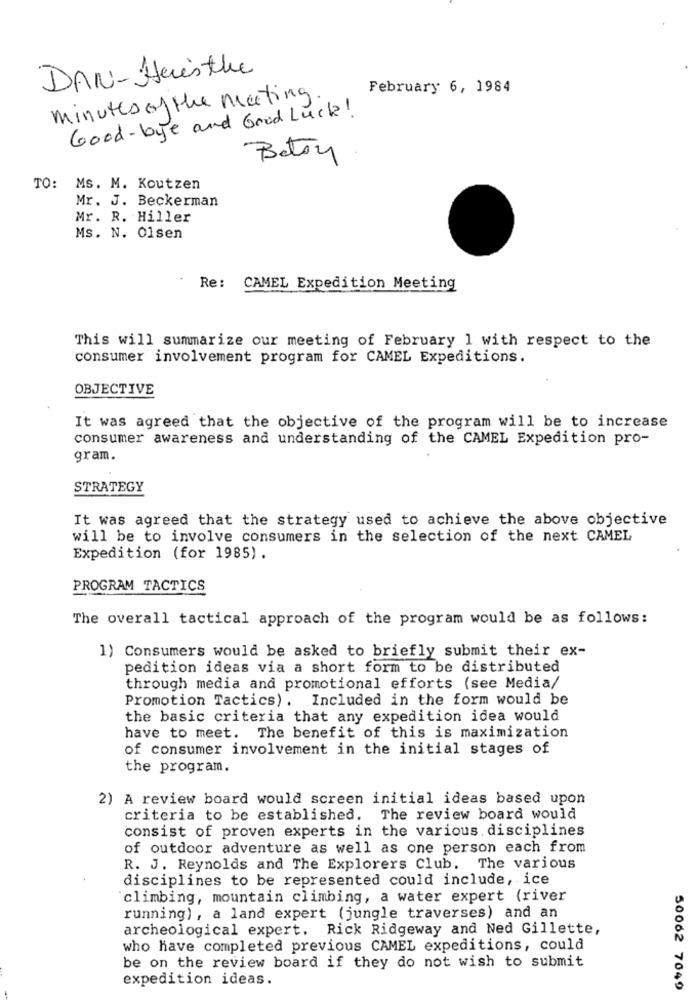
DAN-Here'sthe
February 6, 1984
minutes of the meeting.
Good-bye and Good Luck!
Beton
TO:
Ms. M. Koutzen
Mr. J. Beckerman
Mr. R. Hiller
Ms. N. Olsen
Re: CAMEL Expedition Meeting
This will summarize our meeting of February 1 with respect to the
consumer involvement program for CAMEL Expeditions.
OBJECTIVE
It was agreed that the objective of the program will be to increase
consumer awareness and understanding of the CAMEL Expedition pro-
gram.
STRATEGY
It was agreed that the strategy used to achieve the above objective
will be to involve consumers in the selection of the next CAMEL
Expedition (for 1985) .
PROGRAM TACTICS
The overall tactical approach of the program would be as follows:
1) Consumers would be asked to briefly submit their ex-
pedition ideas via a short form to be distributed
through media and promotional efforts (see Media/
Promotion Tactics) . Included in the form would be
the basic criteria that any expedition idea would
have to meet. The benefit of this is maximization
of consumer involvement in the initial stages of
the program.
2) A review board would screen initial ideas based upon
criteria to be established. The review board would
consist of proven experts in the various. disciplines
of outdoor adventure as well as one person each from
R. J. Reynolds and The Explorers Club. The various
disciplines to be represented could include, ice
climbing, mountain climbing, a water expert (river
running), a land expert (jungle traverses) and an
archeological expert. Rick Ridgeway and Ned Gillette,
who have completed previous CAMEL expeditions, could
be on the review board if they do not wish to submit
expedition ideas.
50062 7049